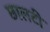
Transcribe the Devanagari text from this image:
छालटी